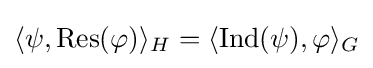
\langle \psi ,{\text{Res}}(\varphi )\rangle _{H}=\langle {\text{Ind}}(\psi ),\varphi \rangle _{G}